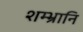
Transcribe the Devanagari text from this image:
शम्भ्रानि